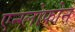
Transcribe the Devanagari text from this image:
एन्ग्लोफोन